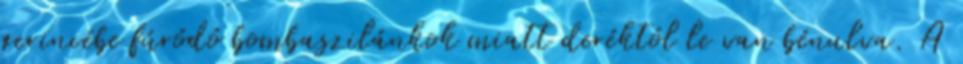
gerincébe fúródó bombaszilánkok miatt deréktól le van bénulva. A